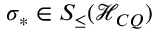
\sigma _ { \ast } \in S _ { \leq } ( \mathcal { H } _ { C Q } )